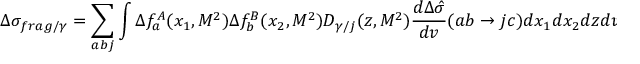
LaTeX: \Delta \sigma _ { f r a g / \gamma } = \sum _ { a b j } \int \Delta f _ { a } ^ { A } ( x _ { 1 } , M ^ { 2 } ) \Delta f _ { b } ^ { B } ( x _ { 2 } , M ^ { 2 } ) D _ { \gamma / j } ( z , M ^ { 2 } ) \frac { d \Delta \hat { \sigma } } { d v } ( a b \rightarrow j c ) d x _ { 1 } d x _ { 2 } d z d v .